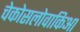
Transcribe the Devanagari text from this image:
चेकोसलोवाकिआ